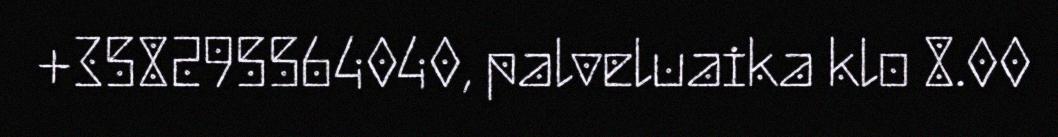
+358295564040, palveluaika klo 8.00